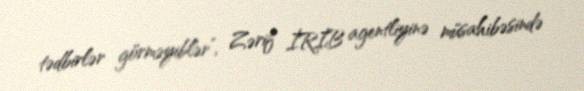
tədbirlər görməyiblər”, Zərif İRİB agentliyinə müsahibəsində